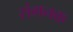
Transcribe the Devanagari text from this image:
संगनक